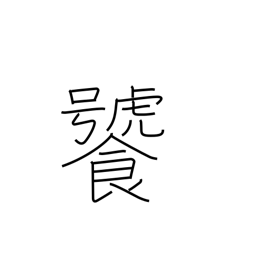
Meaning: be greedy